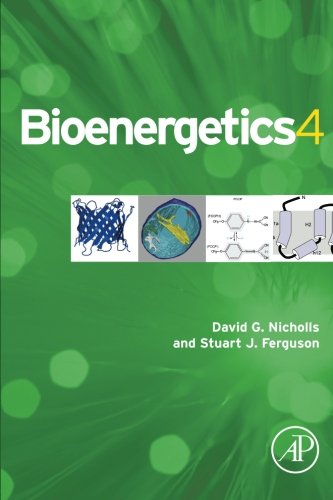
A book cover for Bioenergetics, Fourth Edition; David G. Nicholls; Medical Books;